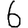
Digit: 6